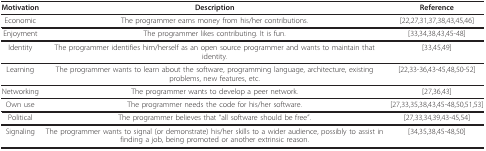
| Motivation | Description | Reference |
 | --- | --- | --- |
 | Economic | The programmer earns money from his/her contributions. | [22,27,31,37,38,43,45,46] |
 | Enjoyment | The programmer likes contributing. It is fun. | [33,34,38,43,45-48] |
 | Identity | The programmer identifies him/herself as an open source programmer and wants to maintain that identity. | [33,45,49] |
 | Learning | The programmer wants to learn about the software, programming language, architecture, existing problems, new features, etc. | [22,33-36,43-45,48,50-52] |
 | Networking | The programmer wants to develop a peer network. | [27,36,43] |
 | Own use | The programmer needs the code for his/her software. | [27,33,35,38,43,45-48,50,51,53] |
 | Political | The programmer believes that "all software should be free". | [27,33,34,39,43-45,54] |
 | Signaling | The programmer wants to signal (or demonstrate) his/her skills to a wider audience, possibly to assist in finding a job, being promoted or another extrinsic reason. | [34,35,38,45-48,50] |